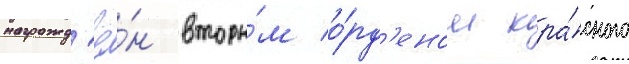
награжд'ё́н вторы́м о́рд'еном кра́сного